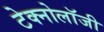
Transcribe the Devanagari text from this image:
टेक्नोलाॅजी